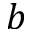
b